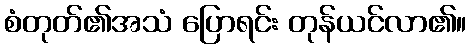
စံတုတ်၏အသံ ပြောရင်း တုန်ယင်လာ၏။